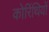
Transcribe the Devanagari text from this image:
कोरिंथियों